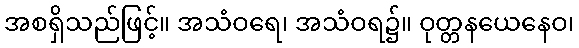
အစရှိသည်ဖြင့်။ အသံဝရေ၊ အသံဝရ၌။ ဝုတ္တနယေနေဝ၊